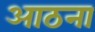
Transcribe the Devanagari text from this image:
आठना